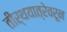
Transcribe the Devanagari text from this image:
तीर्थयात्रेवरून